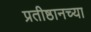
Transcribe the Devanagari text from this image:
प्रतीष्ठानच्या